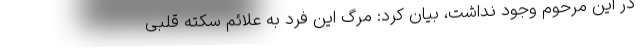
در این مرحوم وجود نداشت، بیان کرد: مرگ این فرد به علائم سکته قلبی